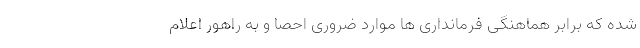
شده که برابر هماهنگی فرمانداری ها موارد ضروری احصا و به راهور اعلام